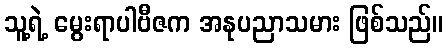
သူ့ရဲ့ မွေးရာပါဗီဇက အနုပညာသမား ဖြစ်သည်။